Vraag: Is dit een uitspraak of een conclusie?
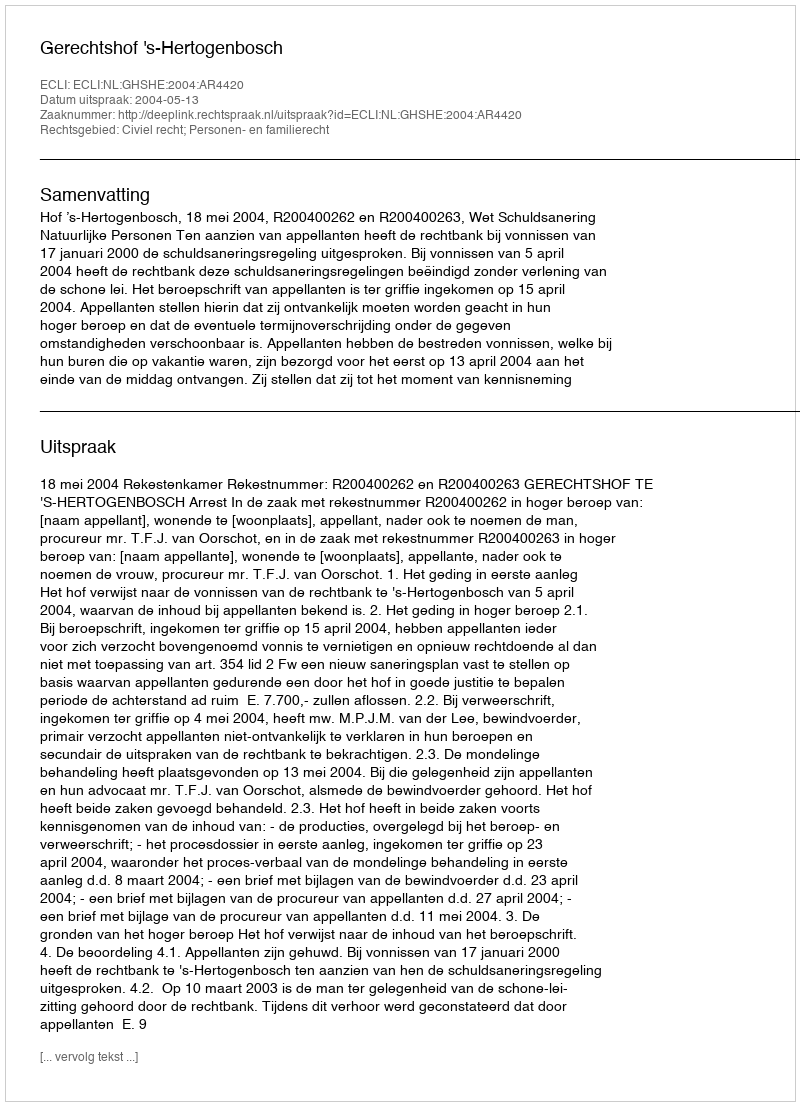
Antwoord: Uitspraak